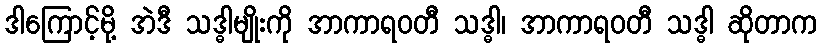
ဒါကြောင့်မို့ အဲဒီ သဒ္ဓါမျိုးကို အာကာရဝတီ သဒ္ဓါ၊ အာကာရဝတီ သဒ္ဓါ ဆိုတာက